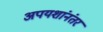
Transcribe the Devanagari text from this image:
अपयशांनंतर